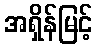
အရှိန်မြင့်